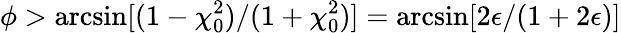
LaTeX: \phi>\arcsin[(1-\chi_{0}^{2})/(1+\chi_{0}^{2})]=\arcsin[2\epsilon/(1+2\epsilon)]